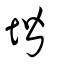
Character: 堦